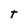
Character: t